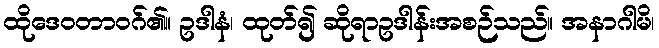
ထိုဒေဝတာဝဂ်၏။ ဥဒါနံ၊ ထုတ်၍ ဆိုရာဥဒါန်းအစဉ်သည်။ အနာဂါမိ၊